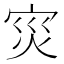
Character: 𭴠